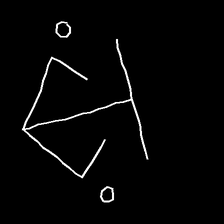
Glyph: earth